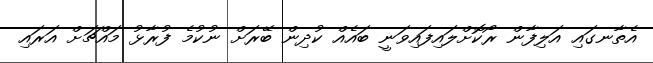
އެތާނގައި އަލިފާން ރޯކޮށްލައިފައިވަނީ ބައެއް ކުދިން ބޭރަށް ނުކުމެ ފުރާޅު މައްޗަށް އަރައި